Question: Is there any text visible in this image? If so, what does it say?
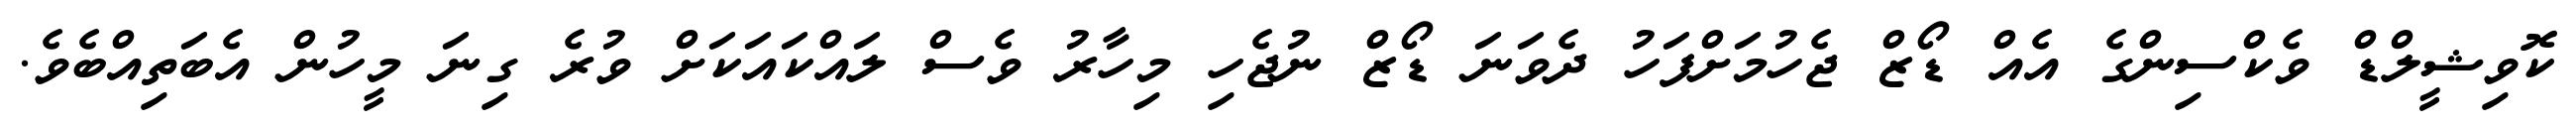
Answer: ކޮވިޝީލްޑް ވެކްސިންގެ އެއް ޑޯޒް ޖެހުމަށްފަހު ދެވަނަ ޑޯޒް ނުޖެހި މިހާރު ވެސް ލައްކައަކަށް ވުރެ ގިނަ މީހުން އެބަތިއްބެވެ.